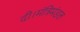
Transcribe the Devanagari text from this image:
दी।मंत्रिमंडल